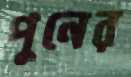
পুনের